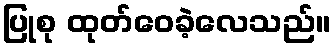
ပြုစု ထုတ်ဝေခဲ့လေသည်။